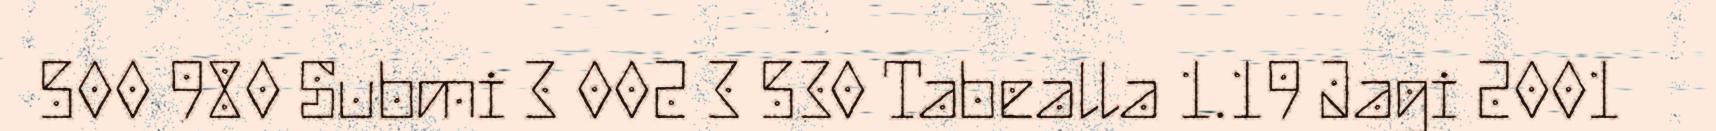
500 980 Submi 3 002 3 530 Tabealla 1.19 Jagi 2001